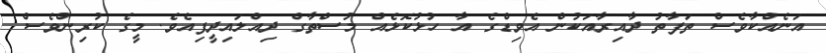
އަނެއްކާވެސް ތަފާތު ދާއިރާއަކުން އެވިޑްގެ އާ ހުޅުކޮޅެއް މުސްތާގް ދިއްލައިދީފިއެވެ. މީގެ ކުރިންވެސް